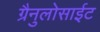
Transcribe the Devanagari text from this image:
ग्रैनुलोसाईट